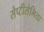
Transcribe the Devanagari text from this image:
सेप्टीसेमिया